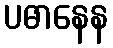
ပဓာနေန